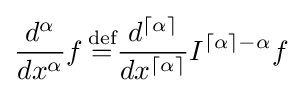
{\frac {d^{\alpha }}{dx^{\alpha }}}f\,{\overset {\text{def}}{=}}{\frac {d^{\lceil \alpha \rceil }}{dx^{\lceil \alpha \rceil }}}I^{\lceil \alpha \rceil -\alpha }f